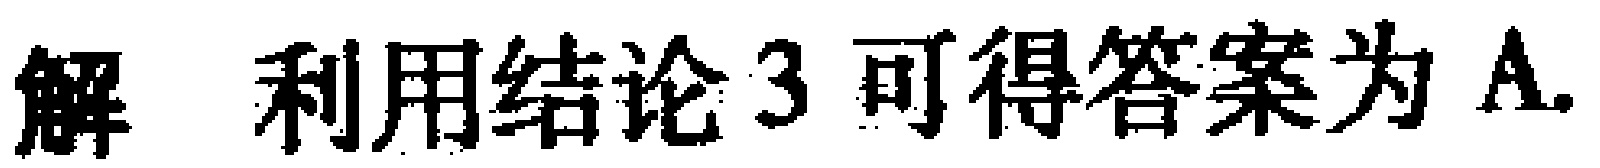
解 利用结论3可得答案为A.